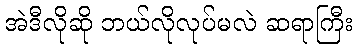
အဲဒီလိုဆို ဘယ်လိုလုပ်မလဲ ဆရာကြီး